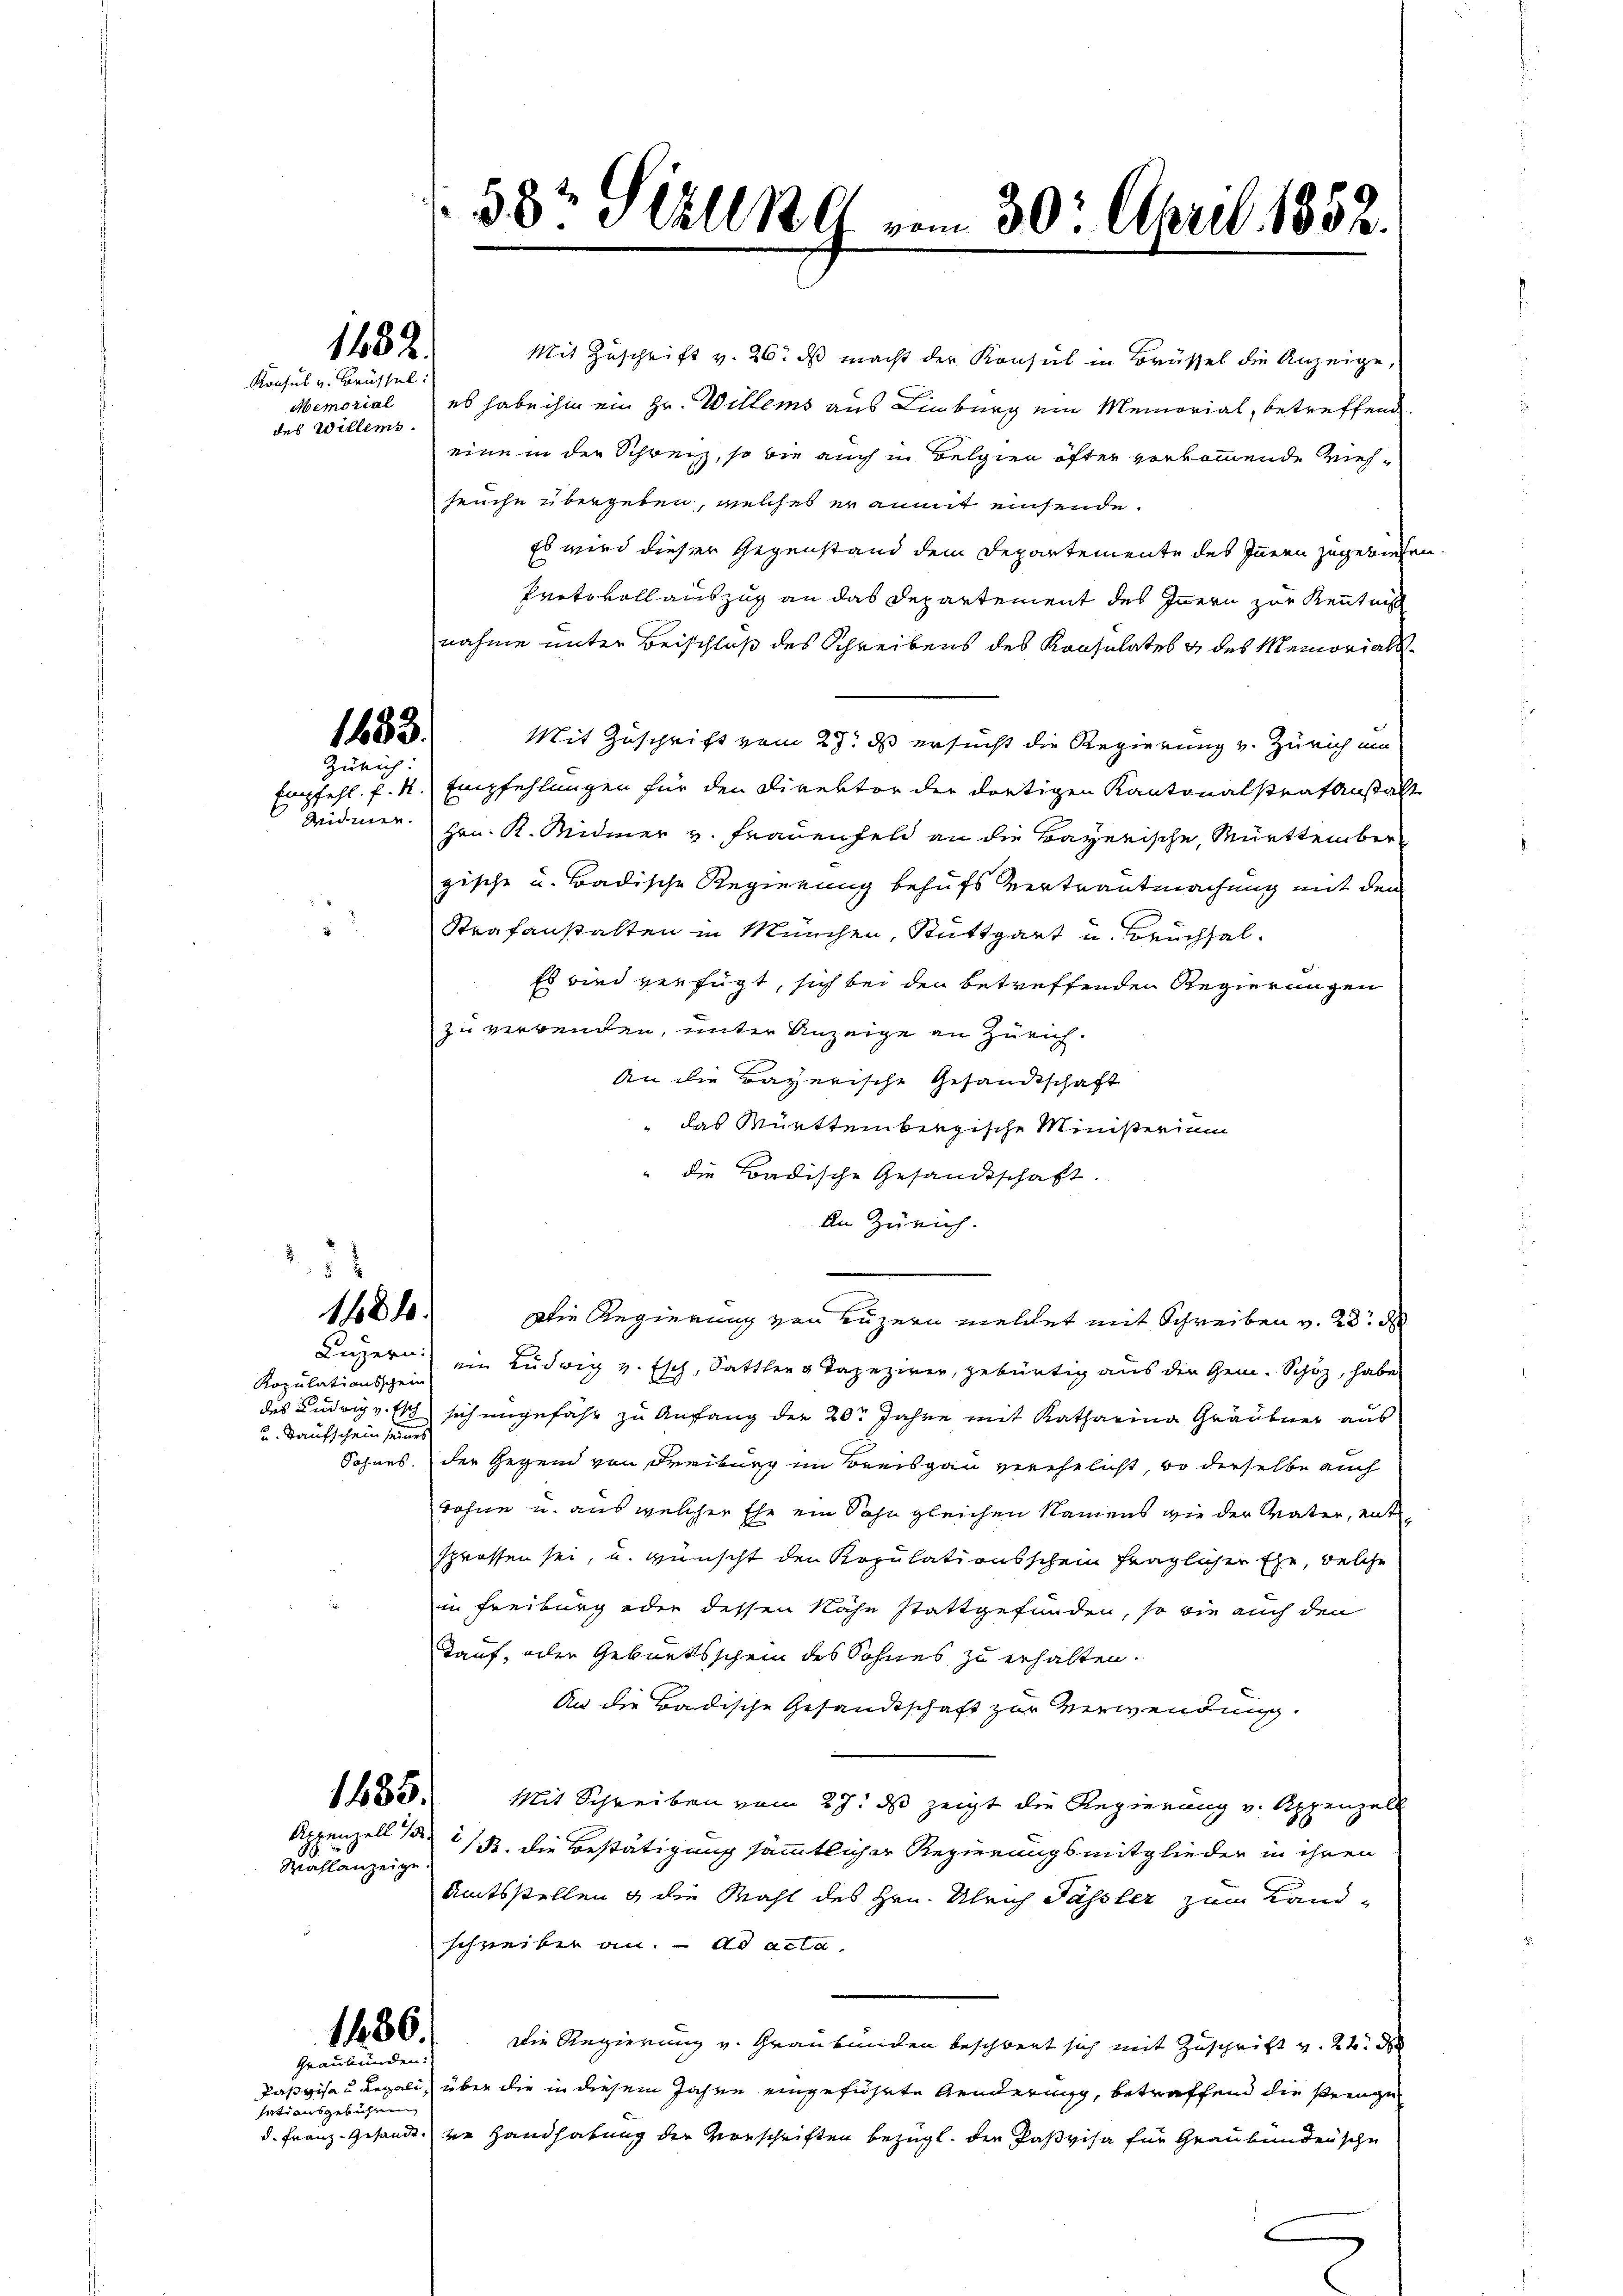
1482.

Konsul v. Brüssel:
Memorial
des Willers.

183.
Zürich

52
1481.

Ropulationsschein
u. Kaufschein seines
Sohnes.

Appenzell 1/3.

Wahlanzeige.

1486.
Graubünden:

sationsgebührung

Mit Zuschrift v. 26. ds macht der Konsul in Brüssel die Anzeige,
es habe ihm ein Hr. Willems aus Limburg ein Memorial, betreffend
eine in der Schweiz, so wie auch in Belgien öfter vorkommende Viehseuche übergeben, welches er anmit einsende.
Es wird dieser Gegenstand dem Departemente des Innern zugewiese
Protokoll auszug an das Departement des Innern zur Kenntniß
nahme unter Beischluß des Schreibens des Konsulates & des Memorials¬
Mit Zuschrift vom 27. ds ersucht die Regierung v. Zürich ein
Empfehl f. R. Empfehlungen für den Direktor der dortigen Kantonalstrafanstalt
Züdmer. Hrn. K. Midmer v. Frauenfeld an die Bayerische, Württember
gische u. Badische Regierung behufs vertrautmachung mit den
Strafanstalten in München, Stuttgart u. Bruchhal¬
Es wird verfügt, sich bei den betreffenden Regierungen
zu verwenden, unter Anzeige an Zürich.
An die Bayerische Gesandtschaft
das Württembergische Ministerium
die Badische Gesandtschaft.
An Zürich.
Die Regierung von Luzern meldet mit Schreiben v. 23. d
Luzern ein Ludwig v. Esch, Sattler v Tapezirer, gebürtig aus den Gem. Schöz, habe
des Ludwig v. Et sich ungefähr zu Anfang der 20 Jahre mit Katharina Gräubner aus
der Gegend von Freiburg im Kreisgau verehelicht, so dieselbe auch
wohne u. aus welcher Ehe ein Sohn gleichen Namens wie der Vater, ente
sprossen sei, u. wünscht den Kopulationsschein fraglicher Ehe, welche
in Freiburg oder dessen Nähe stattgefunden, so wie auch den
Kauf, der Geburtsschein des Sohnes zu erhalten.
An die Badische Gesandtschaft zur Verwendung.
1483. Mit Schreiben vom 27. ds zeigt die Regierung v. Appenzell
2/ B. die Bestätigung sämmtlicher Regierungsmitglieder in ihren
Amtsstellen & die Wahl des Hrn. Ulrich Sassler zum Landschreiben an. ad acta.
Die Regierung v. Graubünden beschwert sich mit Zuschrift v. 24. d
Daßvisa u. Regali, über die in diesem Jahre eingeführte Aenderung, betraffend die strenge
d. Franz- Gesandt die Handhabung der Vorschriften bezügl. die Paßvisa für Graubündensche

33. Will 189 vom 30. April 1852.

-